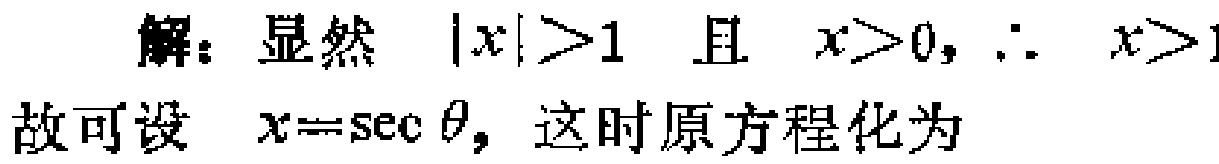
解：显然 \(|x|>1\) 且 \(x>0,\therefore x>1\)

故可设 \(x = \sec\theta\)，这时原方程化为